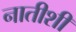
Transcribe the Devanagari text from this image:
नातीशी